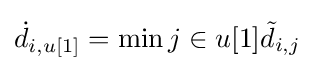
{\dot {d}}_{i,u[1]}=\min {j\in u[1]}{\tilde {d}}_{i,j}